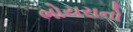
ભોયરાનો